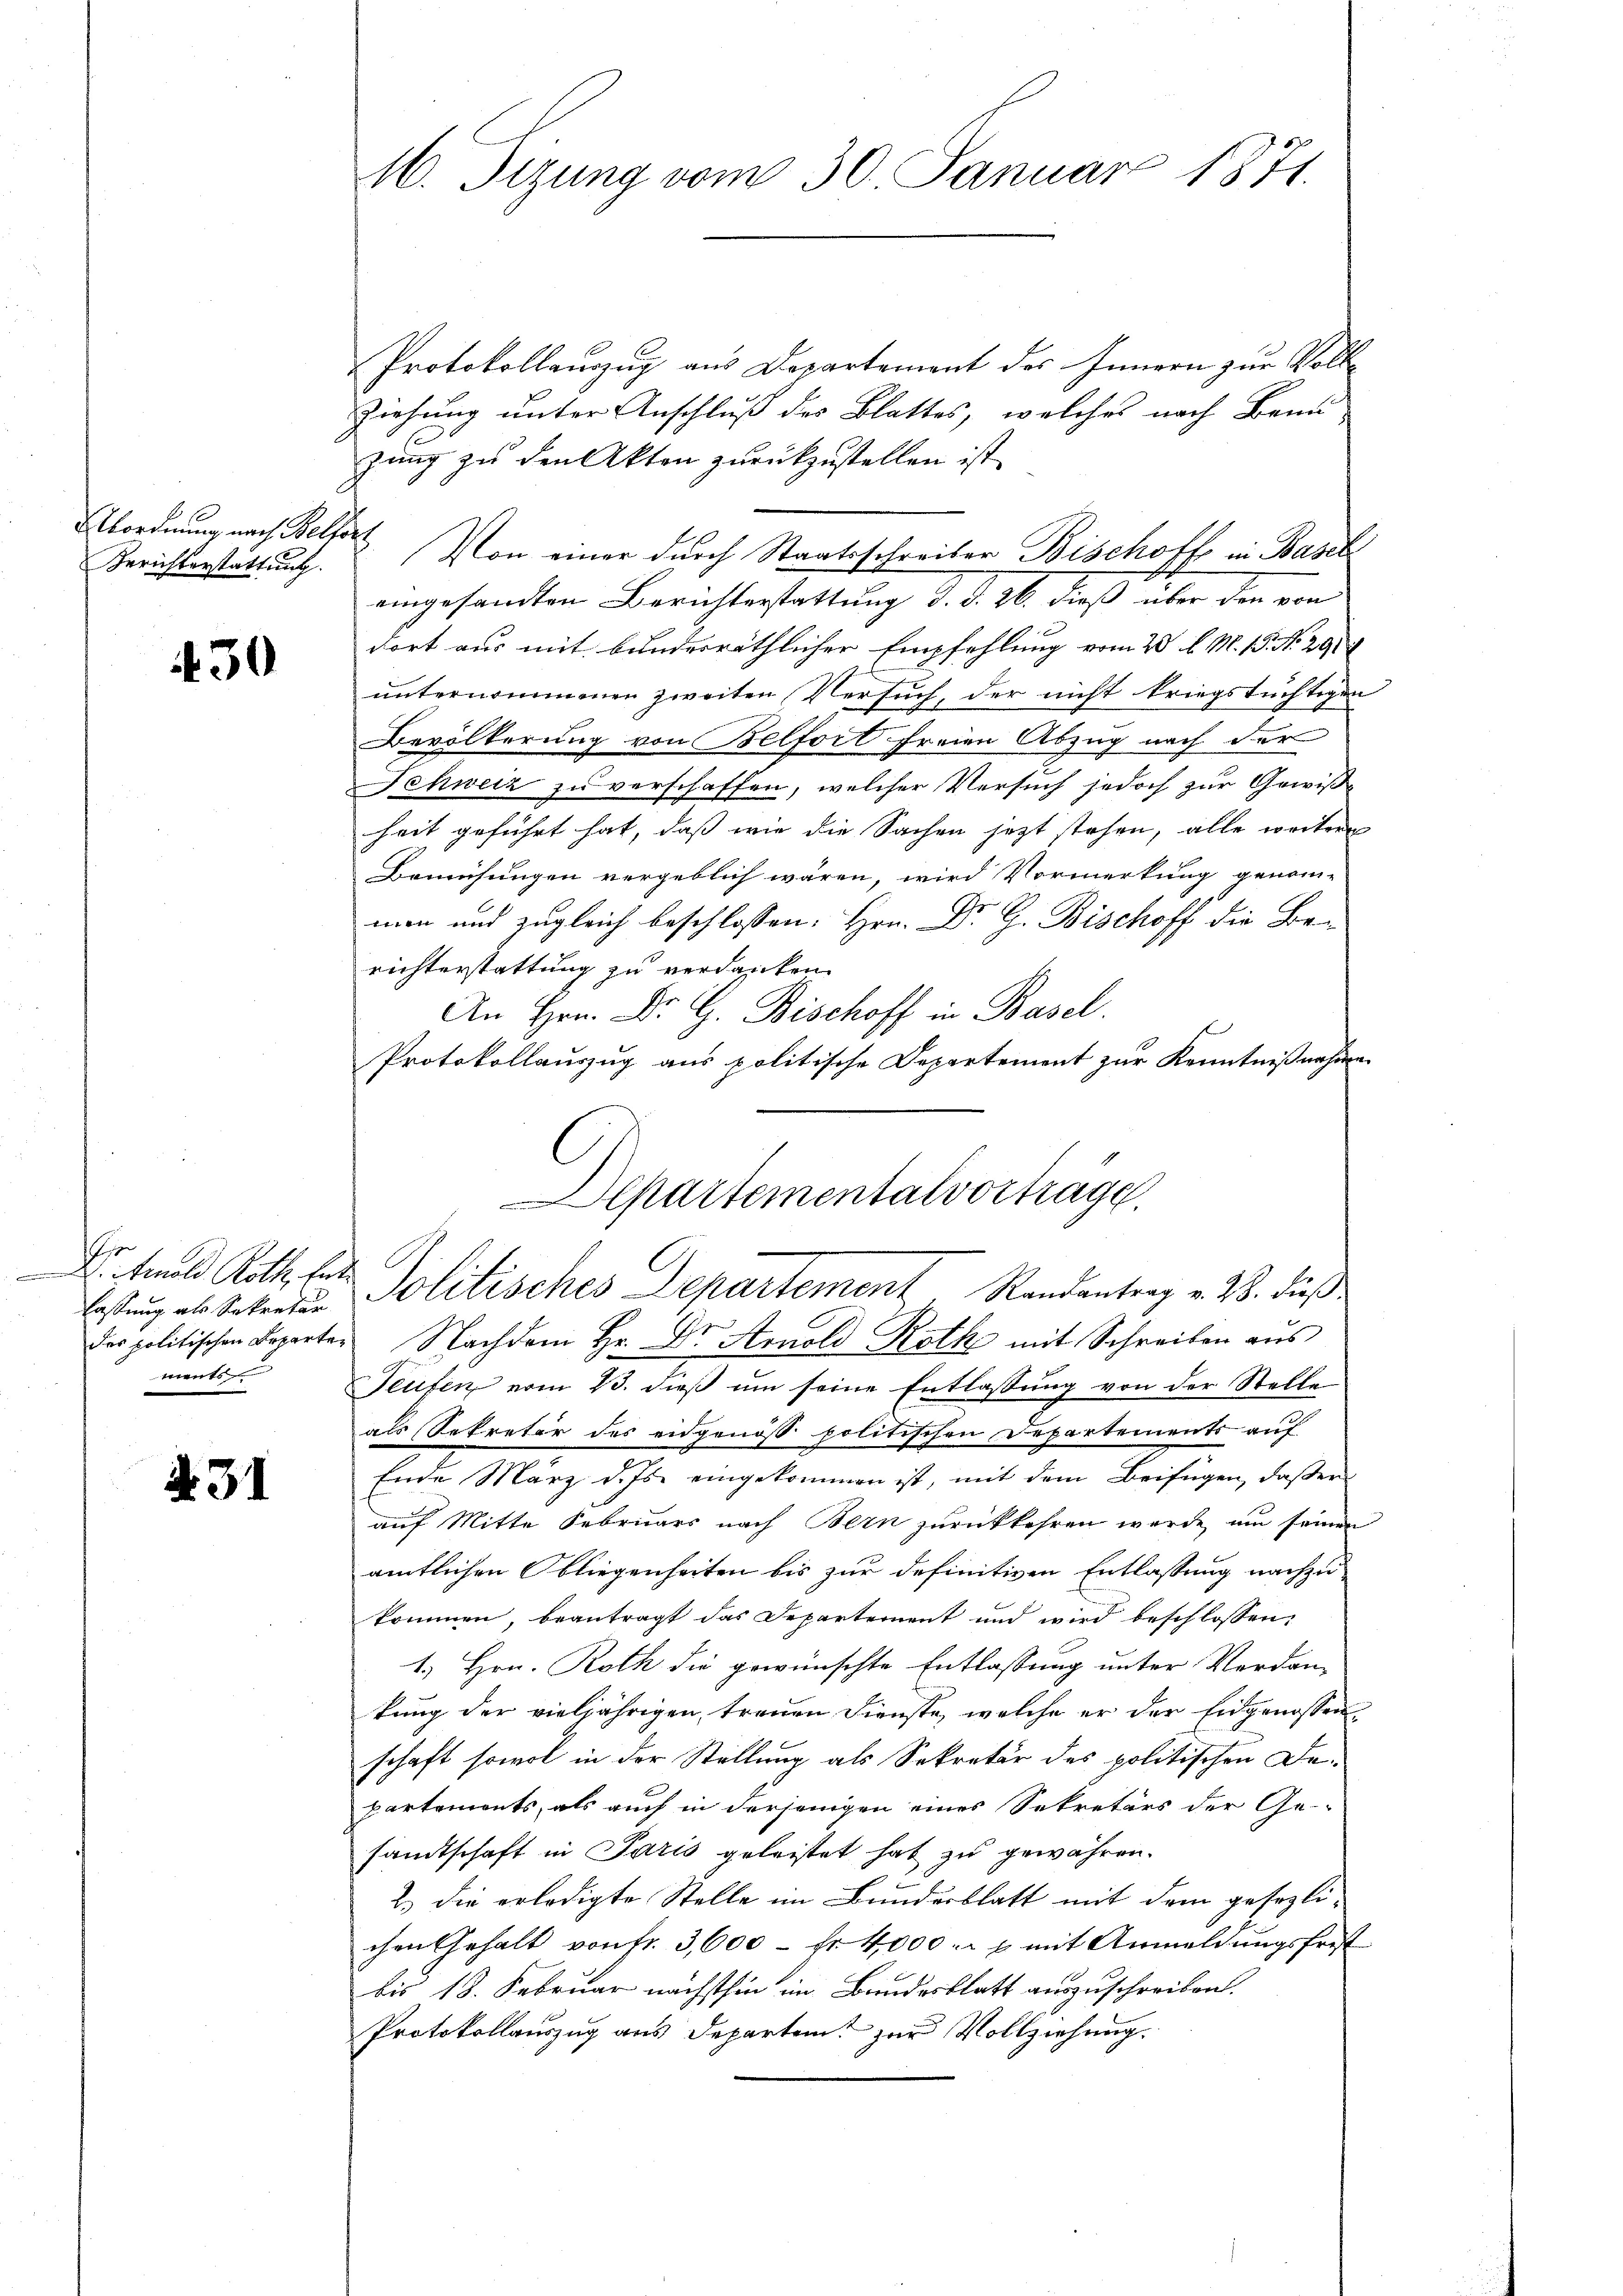
Berichterstattung.

430

r
D. Arnold Roth. Entments

. 31

16. Sizung vom 30. Januar 1871.

Protokollauszug aus Departement des Innern zur Voll¬
Ziehung unter Anschluß des Blattes, welches nach Benu-
zung zu den Akten zurückzustellen ist
Abordnung nach Belfort Von einer durch Staatsschreiber Bischoff in Baseleingesandten Berichterstattung d. d. 26. dieß über den von
dort aus mit bunderräthlicher Empfehlung vom 20 l. M. 15. No. 29
unternommenen zweiten Versuch, der nicht kriegstüchtigen
Bevölkerung von Belfort freien Abzug nach der
Schweiz zu verschaffen, welcher Versuch jedoch zur Gewiße
heit geführt hat, daß wie die Sachen jetzt stehen, alle weitere
Bemühungen vergeblich wären, wird Vormerkung genom-
man und zugleich beschlossen: Hrn. Dr. G. Bischoff die Berichterstattung zu verdanken.
An Hrn. Dr. G. Bischoff in Basel.
f
Protokollauszug aus politische Departement zur Kenntnißnahen
das politischen Beparten Nachdem Hr. Dr. Arnold Roth mit Schreiben aus
Teufen vom 23. dieß um seine Entlaßung von der Stelle
als Sekretär des eidgenöß politischen Departements auf
Ende März d. Js. eingekommen ist, mit dem Beifügen, daßer
auf Mitte Februars nach Bern zurückkehren werde, um seinen
amtlichen Obliegenheiten bis zur definitiven Entlassung nachzukommen, beantragt das Departement und wird beschlossen:
1.) Hrn. Roth die gewünschte Entlassung unter Verdan-
kung der vieljährigen treuen Dienste, welche er der Eidgenossenschaft sowol in der Stellung als Sekretär des politischen Departements, als auch in derjenigen eines Sekretärs der Ge-
sandtschaft in Paris geleistet hat zu gewähren.
2.) die erledigte Stelle im Bundesblatt mit dem gesezlichen Gehalt von fr. 3,600 - fr. 4000. p mit Anmeldungsfrist
bis 18. Februar nächsthin im Bandesblatt auszuschreiben.
Protokollauszug aus Departem zur Vollziehung.

Departementalvorträge.
Estung es steinen Politisches Departement Randantrag v. 28. dieß